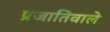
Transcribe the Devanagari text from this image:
प्रजातिवाले